Civil Veterinary Department Bihar reports 1940-50 - 1940-1950
Year: 1940
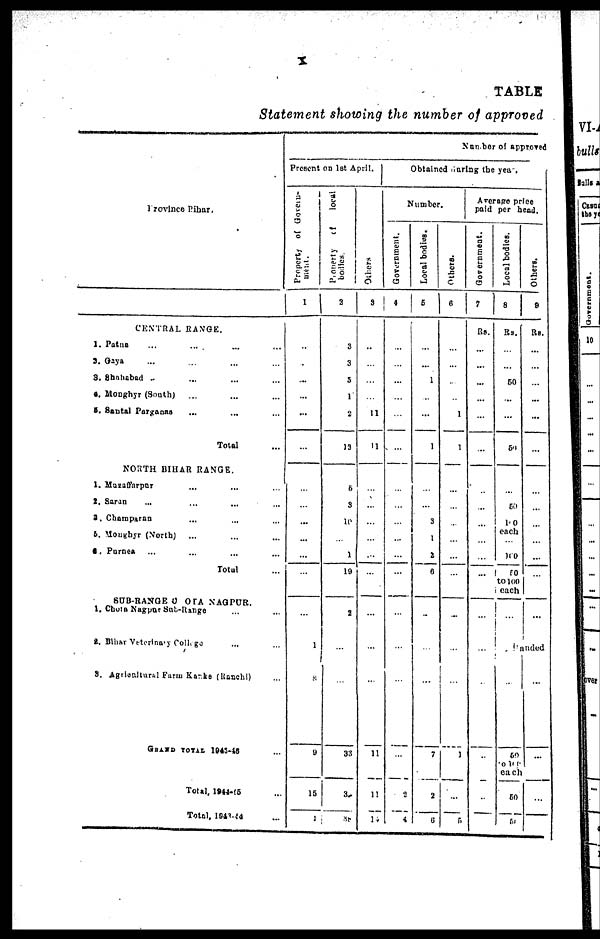
X
TABLE
Statement showing the number of approved
Province Bihar.
CENTRAL RANGE.
1. Patna ... ... ... ...
2. Gaya ... ... ... ...
3. shahabad ... ... ... ...
4. Moughyr (South) ... ... ...
5. Santal Pargaous ... ... ...
Total ...
NORTH BIHAR RANGE.
1, Muraffarpur ... ... ...
2. Saran ... ... ... ...
3. Champaran ... ... ...
5.Moughyr (North) ... ... ...
6. Purnea ... ... ... ...
Total
SUB-RANGE CHOTA NAGPUR,
1. Chota Nagpur Sub-Range ... ... ...
2. Bihar Veterinary College ... ...
3. Agrticultural Farm Karke (Ranchi)
GRAND TOTAL 1945-46 ...
Total, 1944-45 ...
Total, 1943-44 ...
Number of approved
Present on 1st April.
Property of Govern-
1
...
...
...
...
...
...
...
...
...
...
...
...
...
1
...
9
15
1
Property of
local
bodies.
3
3
3
5
1
8
13
6
8
10
...
1
19
2
...
...
33
3
38
Others
3
...
...
...
...
11
11
...
...
...
...
...
...
...
...
...
11
11
14
Obtained during the year.
Number.
Government.
4
...
...
...
...
...
...
...
...
...
...
...
...
...
...
...
...
9
4
Local
bodies.
5
...
...
I
..
...
1
...
...
3
1
2
6
...
...
...
7
3
6
Others.
6
...
...
...
...
1
1
...
...
...
...
...
...
...
...
...
1
1
1
5
Average price
paid per head.
Government.
7
Rs.
...
...
...
...
...
...
...
..
...
...
...
...
...
...
...
...
...
...
Local bodies.
8
Rs.
...
...
60
...
...
5
...
50
to 100
each
100
50
to 100
each
...
Others.
9
Rs.
...
...
...
...
...
...
...
...
...
...
...
...
Canded
...
each
60
5
...
...
... ...